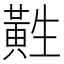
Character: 𱋲